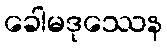
ခေါမဒုဿေန